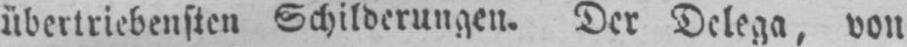
übertriebensten Schilderungen. Der Delega, von